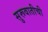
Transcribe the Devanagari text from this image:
सुरूवातीची